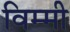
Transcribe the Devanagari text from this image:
विम्मी